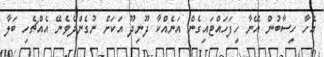
އެހާ ހިސާބުން އޭނާ ހިފަހައްޓައިގެން އަނެއްކާ ދޫނިދޫ އަކަށް ނުގެންދެވެނޭ އެއްޗެހި ބަލާ